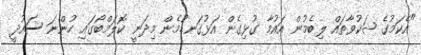
"އެކަމުގެ ޝަކުވާތައް ލިބެމުން އައުމާ ގުޅިގެން އަޅުގަނޑުމެން މިދަނީ ކޮލަމްބޯގައި ހުންނަ ސައުދީ